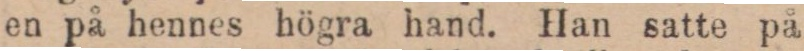
en på hennes högra hand. Han satte på